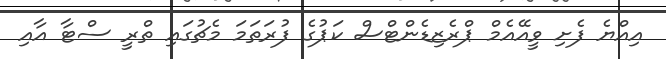
އިއްޔެ ފެށި ވީއޭއެމް ޕްރެޒިޑެންޓްސް ކަޕުގެ ފުރަތަމަ މެޗުގައި ތްރީ ސްޓާ އާއި